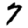
Digit: 7